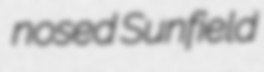
nosed Sunfield